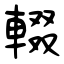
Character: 輟